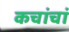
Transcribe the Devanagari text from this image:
कचांचां